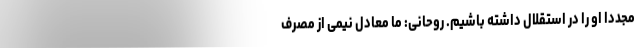
مجددا او را در استقلال داشته باشیم. روحانی: ما معادل نیمی از مصرف